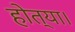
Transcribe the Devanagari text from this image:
होत्या।